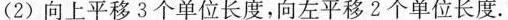
(2)向上平移3个单位长度，向左平移2个单位长度.